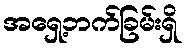
အရှေ့ဘက်ခြမ်းရှိ